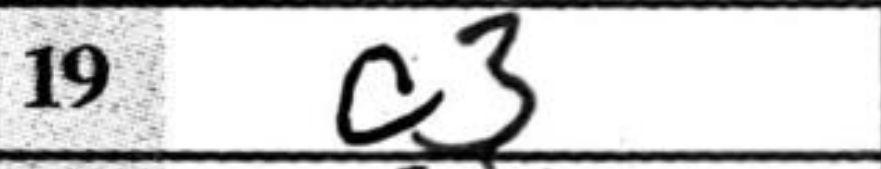
Transcription: c3